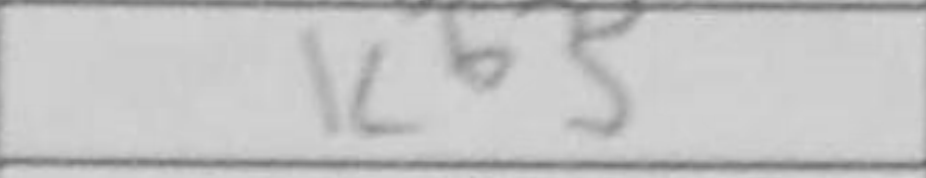
Transcription: Kb5